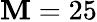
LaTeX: \mathbf{M}=25